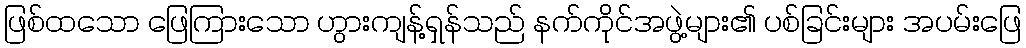
ဖြစ်ထသော ဖြေကြားသော ဟွားကျန့်ရှန်သည် နက်ကိုင်အဖွဲ့များ၏ ပစ်ခြင်းများ အပမ်းဖြေ